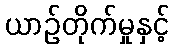
ယာဉ်တိုက်မှုနှင့်